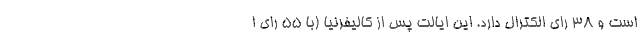
است و 38 رای الکترال دارد. این ایالت پس از کالیفرنیا (با 55 رای ا